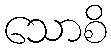
သောစိ